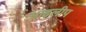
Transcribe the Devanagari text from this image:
आइलीप